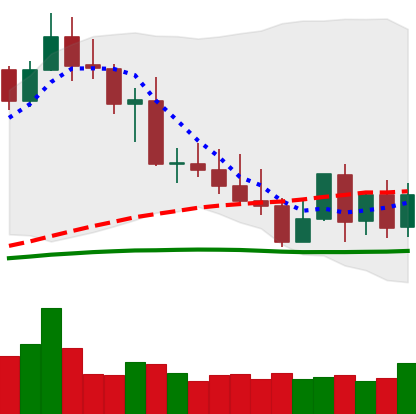
Ticker: XMR-USD
Chart end date: 2022-05-08
Forward return: -33.739%
Label: down_7plus